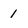
Character: 1